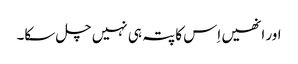
اور انھیں اِس کا پتہ ہی نہیں چل سکا۔